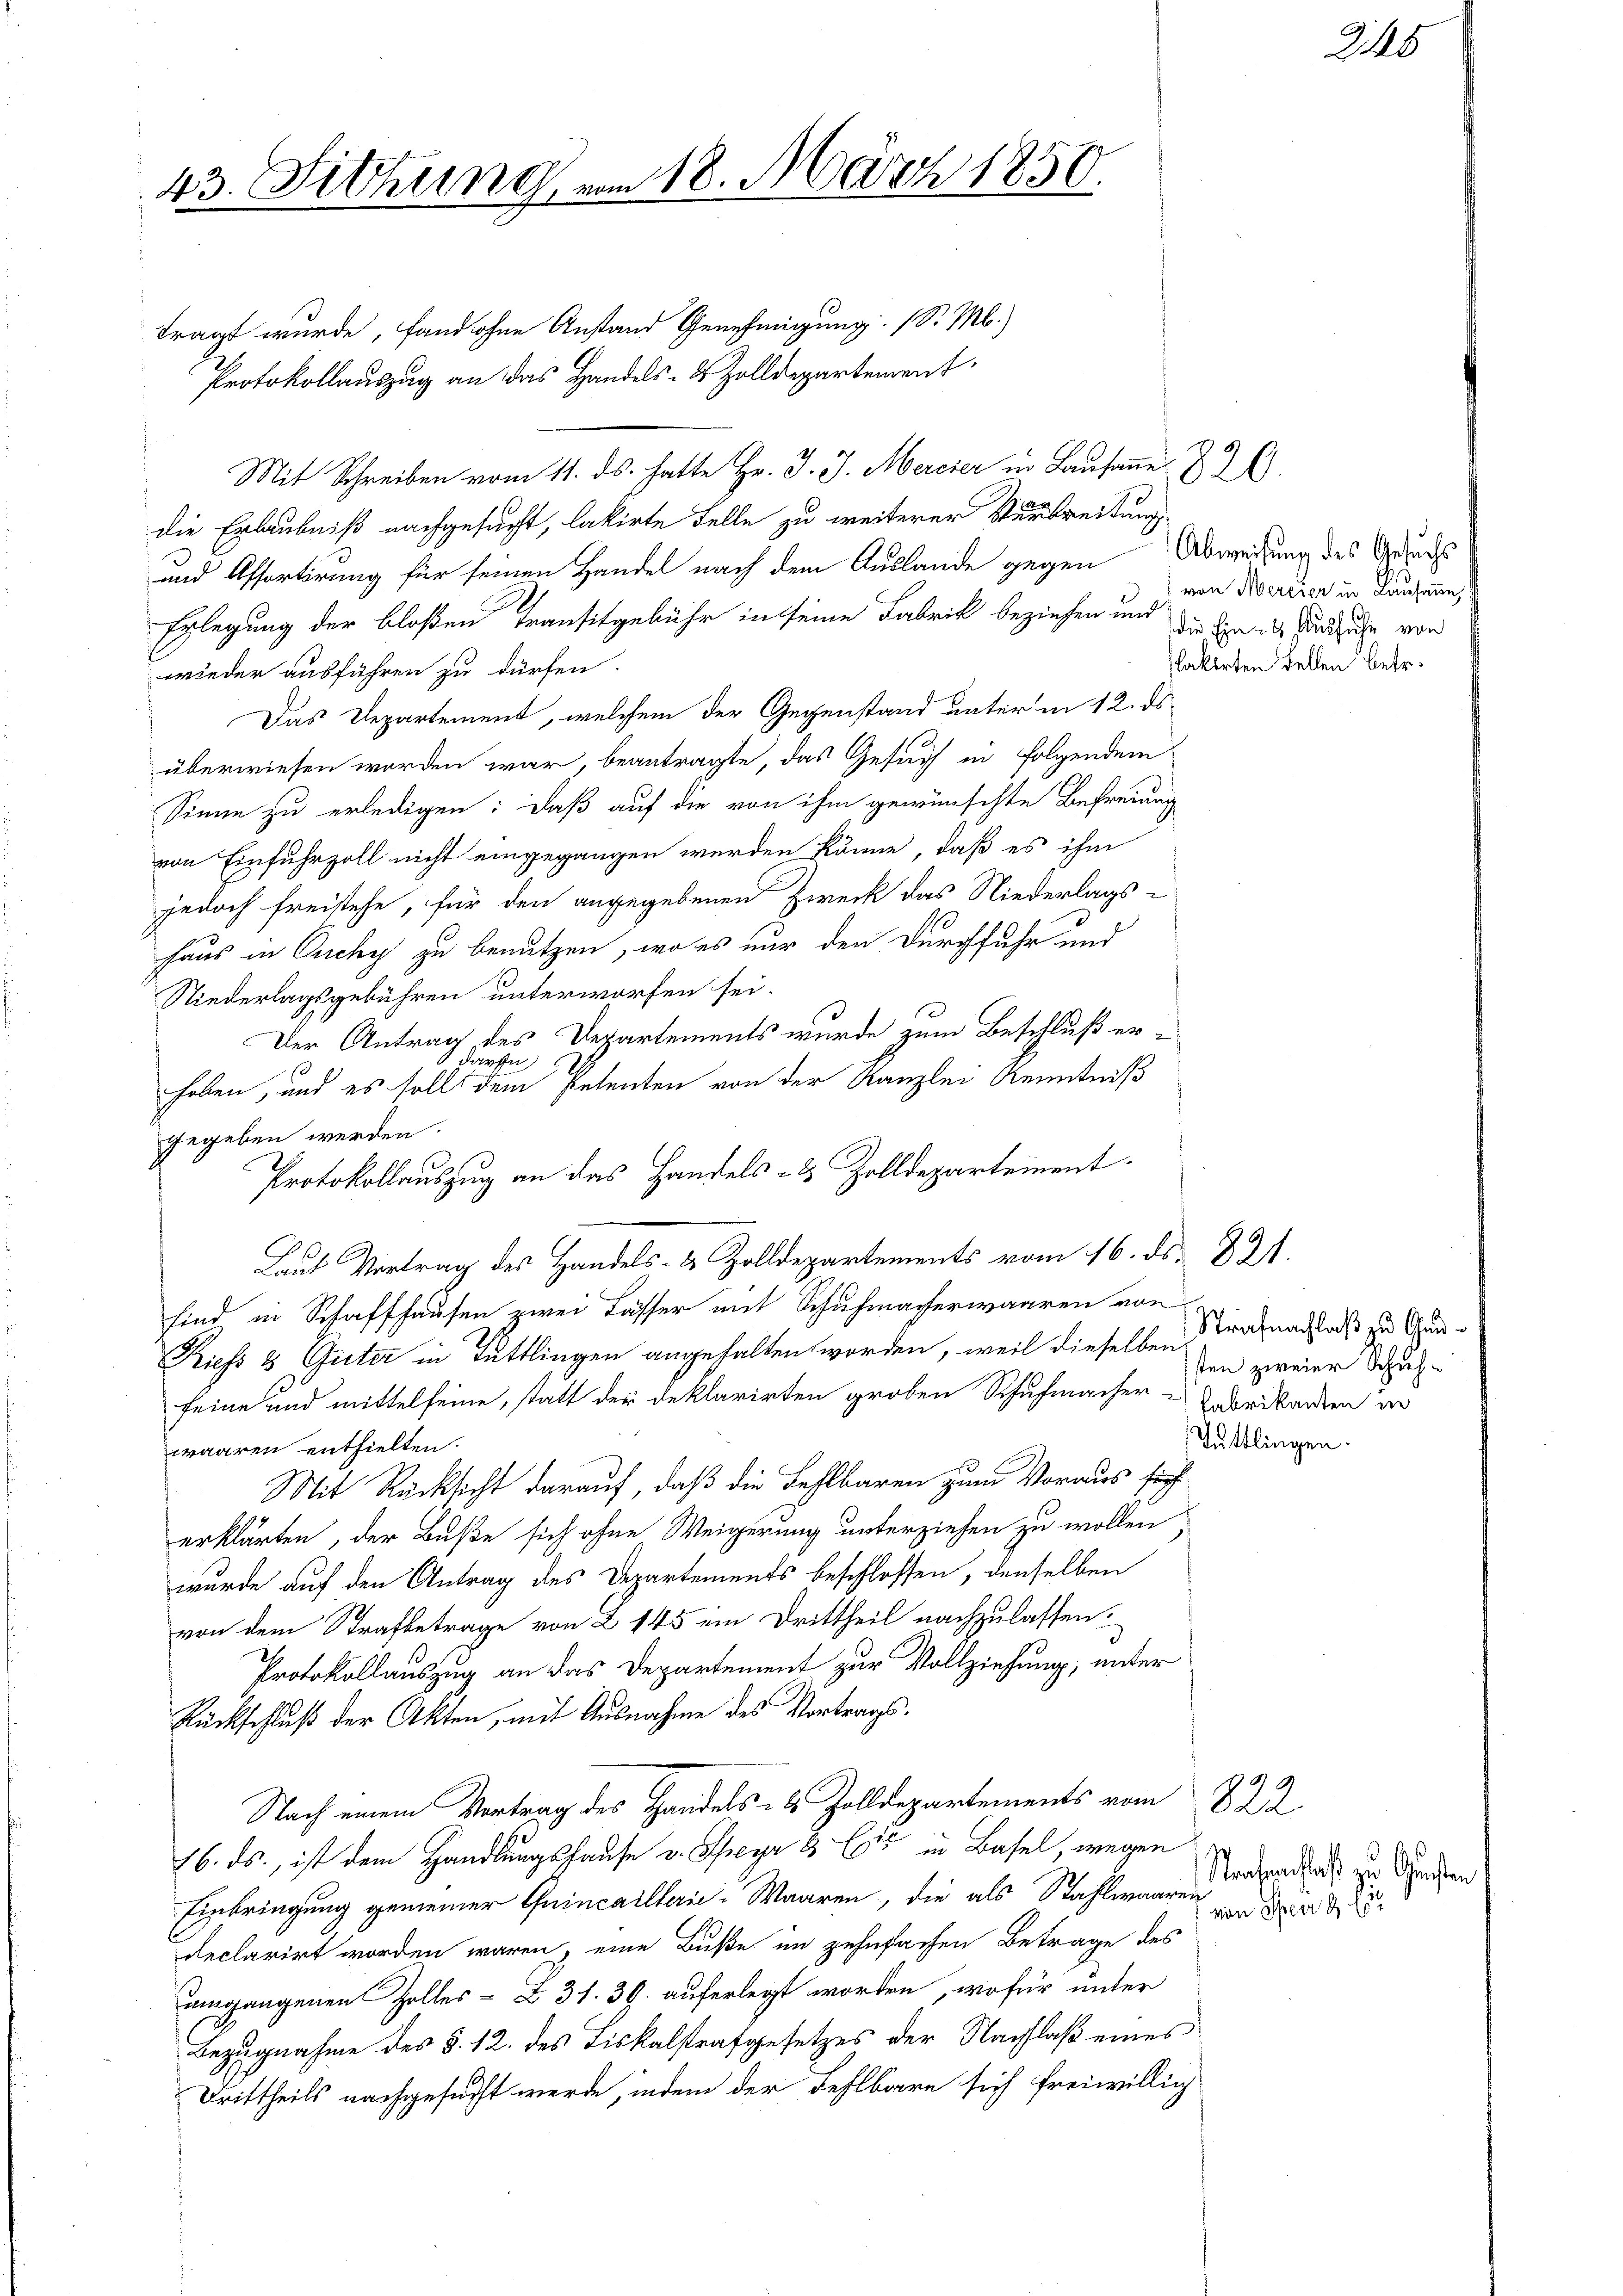
43. Fitzung von 18. März 1850.

tragt wurde, fand ohne Anstand Genehmigung. (S. M.)
Protokollauszug an das Handels- & Zolldepartement
Mit Schreiben vom 11. ds. hatte Hr. J. J. Mercier in Lausanne § 2.
die Erlaubniß nachgesucht, lakirte Felle zu weiterer Verbreitung
und Assortirung für seinen Handel nach dem Auslande gegen Abweisung des Gesuchs
Erlegung der bloßen Transitgebühr in seine Fabrik beziehen und die Ein des Sandsuche von
wieder ausführen zu dürfen
Das Departement, welchem der Gegenstand unter in 12. ds.
überwiesen worden war, beantragte, das Gesuch in folgendem
Sinne zu erledigen: daß auf die von ihm gewünschte Befreiung
von Einfuhrzoll nicht eingegangen werden könne, daß es ihm
jedoch freistehe, für den angegebenen Zweck das Niederlags-
haus in Euchy zu benutzen, wo es nur den Durchfuhr und
Niederlagsgebühren unterworfen sei.
Der Antrag des Departements wurde zum Beschluß er¬
 darfen,
hoben, und es soll dem Petenten von der Kanzlei Kenntniß
gegeben werden.
Riess 3 Güter in Tuttlingen angehalten worden, weil dieselben Strafnachlaß zu Gunfeine und mittelseine, statt der Deklarirten groben Schuhmacher - Enderikanten in
waaren enthielten.
Mit Rücksicht darauf, daß die Fehlbaren zum Voraus sich
erklärten, der Buße sich ohne Weigerung unterziehen zu wollen
wurde auf den Antrag des Departements beschlossen, denselben
von dem Strafbetrage von Z 145 ein Drittheil nachzulassen.
Protokollauszug an das Departement zur Vollziehung, unter
Rückschluß der Akten, mit Ausnahme des Vortrags¬
Nach einem Vortrag des Handels- & Zolldepartements vom 8. 22
16. ds., ist dem Handlungshause v. Schreyr 3 Eis in Basel, wegen
Einbringung gemeiner Quincaillerie-Waaren, die als Stahlwaaren
declarirt worden wären, eine Buße im zehnfachen Betrage des
umgangenen Halles-Z 31. 39. auferlegt worden, wofür unter
Bezugnahme des §. 12. des Tiskalstrafgesetzes der Nachlaß eines
Drittheils nachgesucht werde, indem der Fehlbare sich freiwillig

Protokollauszug an das Handels- & Zolldepartement.
Laut Vortrag des Handels- & Zolldepartements vom 16. ds. 321.
sind in Schaffhausen zwei Fässer mit Schuhmacherwaaren von

245

von Mercier in Lausanne
lakirten Tellen betr.

sten zweier Schuh¬
Tuttlingen.

Strafenachlaß zu Gunsten
von Sperrt. Ei